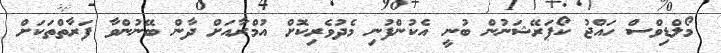
މޯލްޑިވްސް ހައްޖު ކޯޕަރޭޝަނުން ބުނީ އެކުންފުނި މެދުވެރިކޮށް އުމްރާއަށް ދާން ބޭނުންވާ ފަރާތްތަކަށް